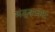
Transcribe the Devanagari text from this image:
मंडूकवध